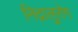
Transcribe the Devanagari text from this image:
निद्रालुरोग